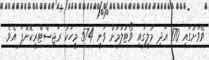
ވޭވަށުގައި 170 އަދި މުލީގައި ވޯޓުލުމަށް ވަނީ 574 މީހަކު ރަޖިސްޓްރީކޮށްފަ އެވެ.